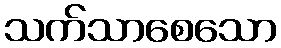
သက်သာစေသော